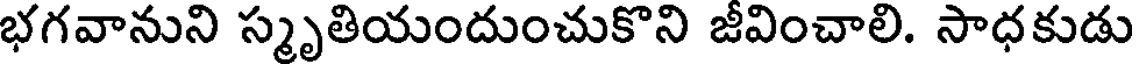
భగవానుని స్మృతియందుంచుకొని జీవించాలి. సాధకుడు